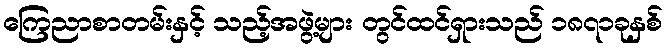
ကြေညာစာတမ်းနှင့် သည့်အဖွဲ့များ တွင်ထင်ရှားသည် ၁၈၇၁ခုနှစ်